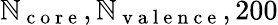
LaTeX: \mathbb{N}_{\mathrm{{~c~o~r~e~}}},\mathbb{N}_{\mathrm{{~v~a~l~e~n~c~e~}}},200